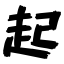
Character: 起